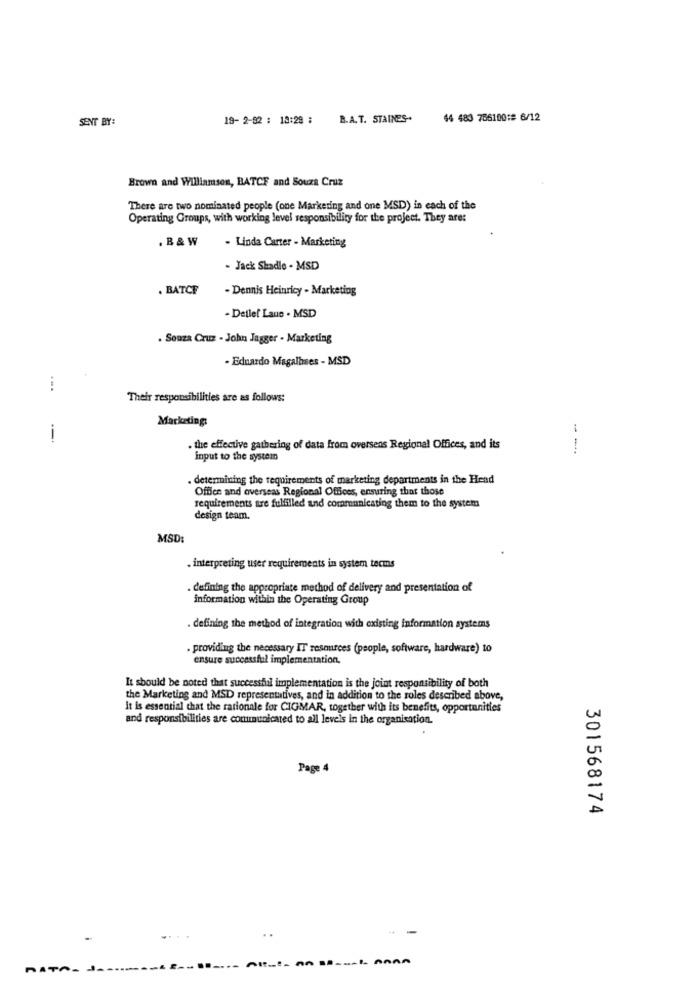
SENT BY:
19- 2-82 : 18:29 :
B.A.T. STAINES-
44 483 786100:# 6/12
Brown and Williamson, BATCE and Souza Cruz
There are two nominated people (one Markering and one MSD) in each of the
Operating Groups, with working level responsibility for the project. They are:
. B & W
. Linda Carter - Marketing
- Jack Shadle - MSD
. BATCF
- Dennis Heinricy - Marketing
- Detlef Laue . MSD
. Souza Cruz - John Jagger - Marketing
Eduardo Magalases - MSD
...
Their responsibilities are as follows:
Marketing:
--
. the effective gathering of data from oversens Regional Offices, and its
input to the system
. determining the requirements of marketing departments in the Head
Office and overseas Regional Offices, ensuring that those
requirements are fulfilled and communicating them to the system
design team.
MSD:
interpreting user requirements in system tecms
. defining the appropriate method of delivery and presentation of
information within the Operating Group
. defining the method of integration with existing information systems
. providing the necessary IT resources (people, software, hardware) to
ensure successful implementation.
It should be noted that successful implementation is the joint responsibility of both
the Marketing and MSD representatives, and in addition to the roles described above,
It is essential that the rationale for CIGMAR, together with its benefits, opportunities
and responsibilities are communicated to all levels in the organisation.
Page 4
301568174
--
..
-------
NATO- J -------------.